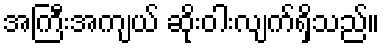
အကြီးအကျယ် ဆိုးဝါးလျက်ရှိသည်။